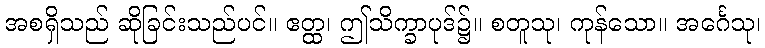
အစရှိသည် ဆိုခြင်းသည်ပင်။ ဧတ္ထ၊ ဤသိက္ခာပုဒ်၌။ စတူသု၊ ကုန်သော။ အင်္ဂေသု၊